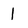
Character: 1